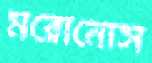
মরোনোস